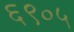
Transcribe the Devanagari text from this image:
६९०५